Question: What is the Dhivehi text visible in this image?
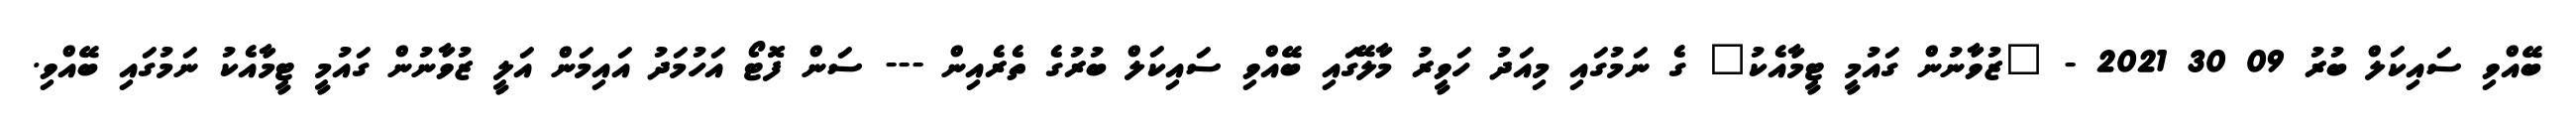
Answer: ބޭއްވި ސައިކަލް ބުރު 09 30 2021 - "ޒުވާނުން ގައުމީ ޓީމާއެކު" ގެ ނަމުގައި މިއަދު ހަވީރު މާލޭގައި ބޭއްވި ސައިކަލް ބުރުގެ ތެރެއިން --- ސަން ފޮޓޯ އަހުމަދު އައިމަން އަލީ ޒުވާނުން ގައުމީ ޓީމާއެކު ނަމުގައި ބޭއްވި.